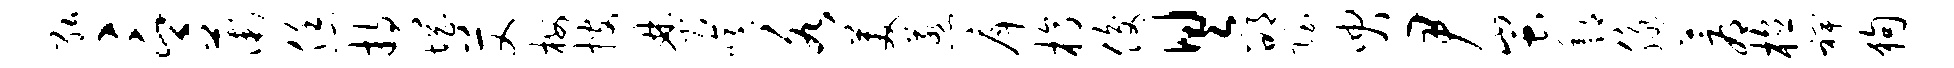
弘言薇恁持惘艾梅搜焚噫各美惹戽槁俊具邵隐臾尹蚩酆脉蓐植裨狗